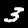
Digit: 3